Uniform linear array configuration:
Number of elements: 16
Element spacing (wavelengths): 1
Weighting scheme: uniform
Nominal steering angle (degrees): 45
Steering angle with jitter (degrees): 43.794
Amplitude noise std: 0.05
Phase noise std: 0.05

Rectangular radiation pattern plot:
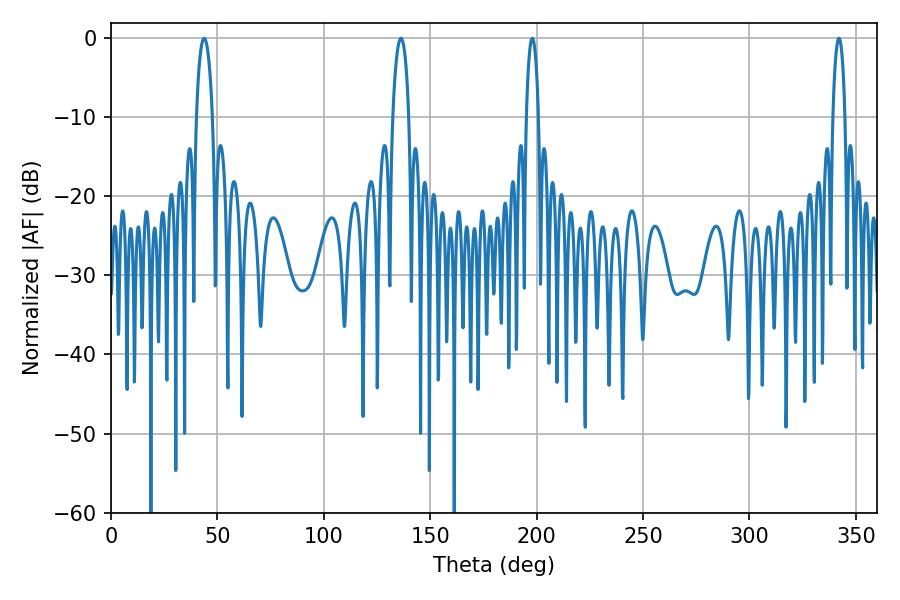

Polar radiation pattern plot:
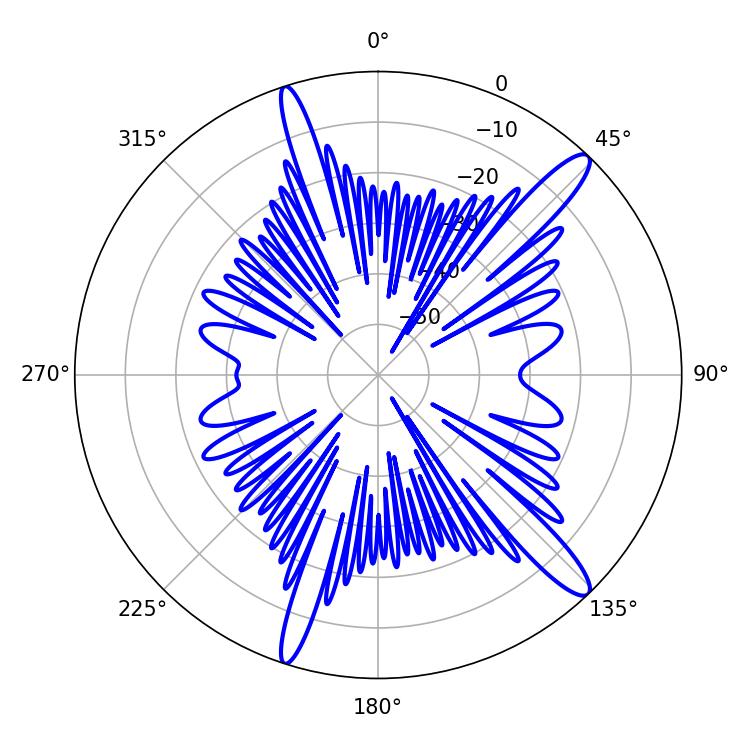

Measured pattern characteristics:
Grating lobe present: TRUE
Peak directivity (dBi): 14.128
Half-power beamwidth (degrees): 4.32
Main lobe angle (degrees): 43.74